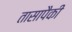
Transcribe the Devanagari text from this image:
तासापैकी